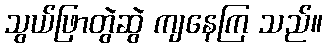
သွယ်ဖြာတွဲဆွဲ ကျနေကြ သည်။